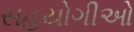
સહયોગીઓ